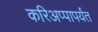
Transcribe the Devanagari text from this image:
करिअप्पापर्यंत